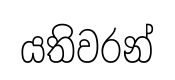
යතිවරන්